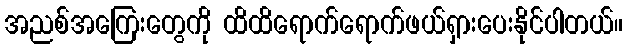
အညစ်အကြေးတွေကို ထိထိရောက်ရောက်ဖယ်ရှားပေးနိုင်ပါတယ်။